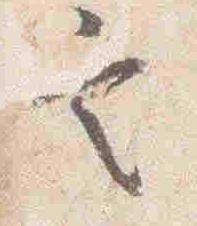
定